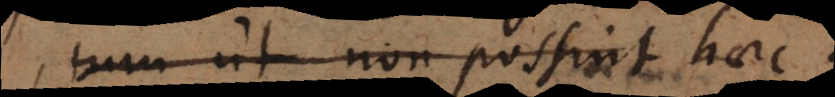
tum ut non possint